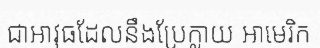
ជាអាវុធដែលនឹងប្រែក្លាយ អាមេរិក